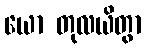
ယော တုလယိတွာ